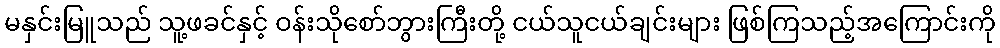
မနှင်းမြူသည် သူ့ဖခင်နှင့် ဝန်းသိုစော်ဘွားကြီးတို့ ငယ်သူငယ်ချင်းများ ဖြစ်ကြသည့်အကြောင်းကို